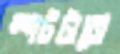
স্পটটাতে